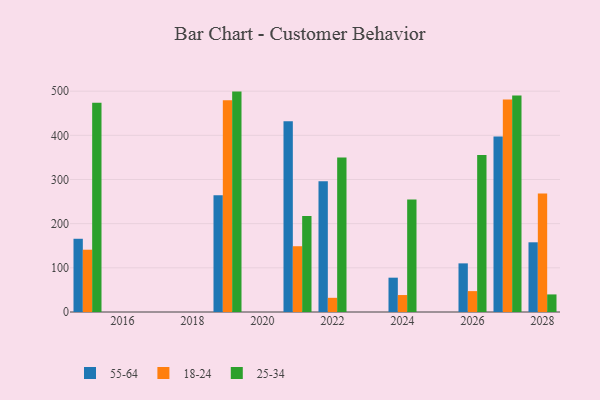
{"axis": {"x": "Year", "y": "Backlog"}, "legend": ["18-24", "25-34", "55-64"], "data": [{"x": "2019", "y": 264.5, "type": "55-64"}, {"x": "2019", "y": 479.6, "type": "18-24"}, {"x": "2019", "y": 499.0, "type": "25-34"}, {"x": "2026", "y": 110.1, "type": "55-64"}, {"x": "2026", "y": 47.3, "type": "18-24"}, {"x": "2026", "y": 355.3, "type": "25-34"}, {"x": "2015", "y": 165.8, "type": "55-64"}, {"x": "2015", "y": 141.0, "type": "18-24"}, {"x": "2015", "y": 473.5, "type": "25-34"}, {"x": "2022", "y": 296.0, "type": "55-64"}, {"x": "2022", "y": 32.1, "type": "18-24"}, {"x": "2022", "y": 349.9, "type": "25-34"}, {"x": "2027", "y": 397.6, "type": "55-64"}, {"x": "2027", "y": 481.2, "type": "18-24"}, {"x": "2027", "y": 489.9, "type": "25-34"}, {"x": "2021", "y": 432.0, "type": "55-64"}, {"x": "2021", "y": 148.9, "type": "18-24"}, {"x": "2021", "y": 217.4, "type": "25-34"}, {"x": "2028", "y": 157.8, "type": "55-64"}, {"x": "2028", "y": 268.3, "type": "18-24"}, {"x": "2028", "y": 39.8, "type": "25-34"}, {"x": "2024", "y": 77.7, "type": "55-64"}, {"x": "2024", "y": 38.4, "type": "18-24"}, {"x": "2024", "y": 254.6, "type": "25-34"}]}